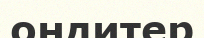
ондитер